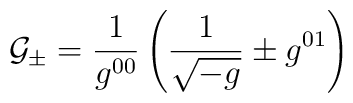
{\cal G_{\pm}}={1 \over g^{00}}\left({1 \over\sqrt{-g}}\pm g^{01}\right)